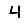
Digit: 4